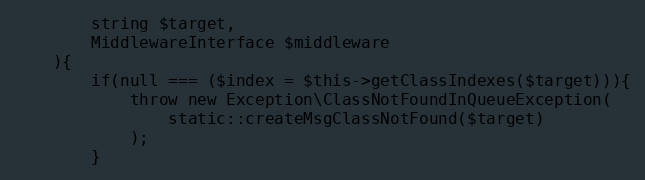
Language: PHP
        string $target,
        MiddlewareInterface $middleware
    ){
        if(null === ($index = $this->getClassIndexes($target))){
            throw new Exception\ClassNotFoundInQueueException(
                static::createMsgClassNotFound($target)
            );
        }